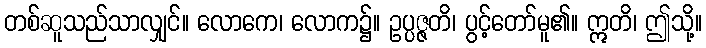
တစ်ဆူသည်သာလျှင်။ လောကေ၊ လောက၌။ ဥပ္ပဇ္ဇတိ၊ ပွင့်တော်မူ၏။ ဣတိ၊ ဤသို့။